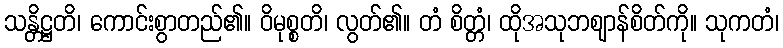
သန္တိဋ္ဌတိ၊ ကောင်းစွာတည်၏။ ဝိမုစ္စတိ၊ လွတ်၏။ တံ စိတ္တံ၊ ထိုအသုဘဈာန်စိတ်ကို။ သုကတံ၊